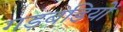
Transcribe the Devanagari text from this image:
गड़बडियों